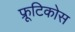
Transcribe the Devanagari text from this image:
फ्रूटिकोस